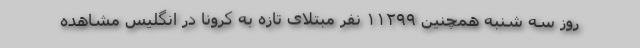
روز سه شنبه همچنین ۱۱۲۹۹ نفر مبتلای تازه به کرونا در انگلیس مشاهده